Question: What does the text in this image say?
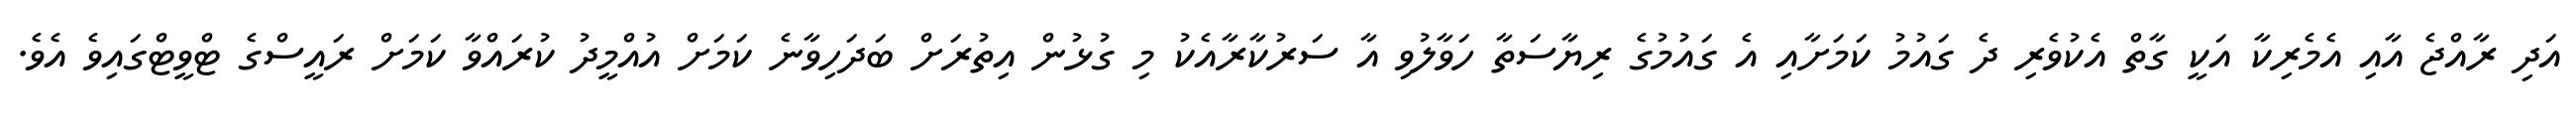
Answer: އަދި ރާއްޖެ އާއި އެމެރިކާ އަކީ ގާތް އެކުވެރި ދެ ގައުމު ކަމަށާއި އެ ގައުމުގެ ރިޔާސަތާ ހަވާލުވި އާ ސަރުކާރާއެކު މި ގުޅުން އިތުރަށް ބަދަހިވާނެ ކަމަށް އުއްމީދު ކުރައްވާ ކަމަށް ރައީސްގެ ޓްވީޓްގައިވެ އެވެ.